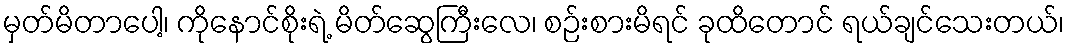
မှတ်မိတာပေါ့၊ ကိုနောင်စိုးရဲ့ မိတ်ဆွေကြီးလေ၊ စဉ်းစားမိရင် ခုထိတောင် ရယ်ချင်သေးတယ်၊